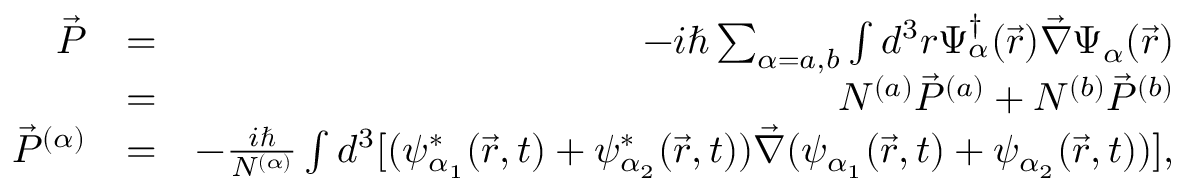
\begin{array} { r l r } { \vec { P } } & { = } & { - i \hbar \sum _ { \alpha = a , b } \int d ^ { 3 } r \Psi _ { \alpha } ^ { \dagger } ( \vec { r } ) \vec { \nabla } \Psi _ { \alpha } ( \vec { r } ) } \\ & { = } & { N ^ { ( a ) } \vec { P } ^ { ( a ) } + N ^ { ( b ) } \vec { P } ^ { ( b ) } } \\ { \vec { P } ^ { ( \alpha ) } } & { = } & { - \frac { i \hbar } { N ^ { ( \alpha ) } } \int d ^ { 3 } [ ( \psi _ { \alpha _ { 1 } } ^ { * } ( \vec { r } , t ) + \psi _ { \alpha _ { 2 } } ^ { * } ( \vec { r } , t ) ) \vec { \nabla } ( \psi _ { \alpha _ { 1 } } ( \vec { r } , t ) + \psi _ { \alpha _ { 2 } } ( \vec { r } , t ) ) ] , } \end{array}